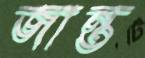
জান্ত